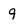
Character: g